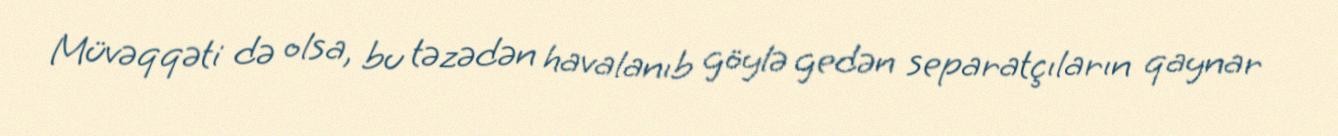
Müvəqqəti də olsa, bu təzədən havalanıb göylə gedən separatçıların qaynar